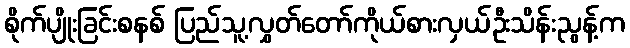
စိုက်ပျိုးခြင်းစနစ် ပြည်သူ့လွှတ်တော်ကိုယ်စားလှယ်ဦးသိန်းညွန့်က